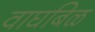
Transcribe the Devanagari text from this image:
वाघबिळ